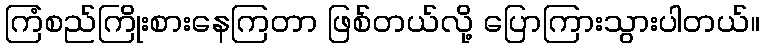
ကြံစည်ကြိုးစားနေကြတာ ဖြစ်တယ်လို့ ပြောကြားသွားပါတယ်။